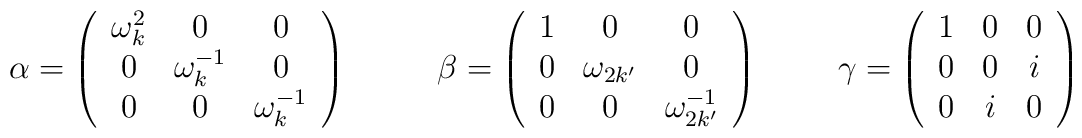
\alpha = \left(  \begin{array}{ccc}			\omega_{k}^{2} & 0 & 0  \\			 0 & \omega_{k}^{-1} & 0\\			 0  &  0 & \omega_{k}^{-1}		\end{array}	\right)~~~~~~~~\beta = \left(  \begin{array}{ccc}			1  & 0  & 0  \\			0 & \omega_{2k'} & 0  \\			0 &  0 & \omega_{2k'}^{-1}  		\end{array}	\right)~~~~~~~\gamma =\left(  \begin{array}{ccc} 		1  &  0  &  0  \\		0  &  0  &  i \\		0  &  i &   0 		\end{array}	\right)